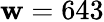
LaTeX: \mathbf{w}=643